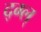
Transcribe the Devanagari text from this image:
द्ग्ल्